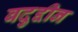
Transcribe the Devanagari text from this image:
बदुद्दीन